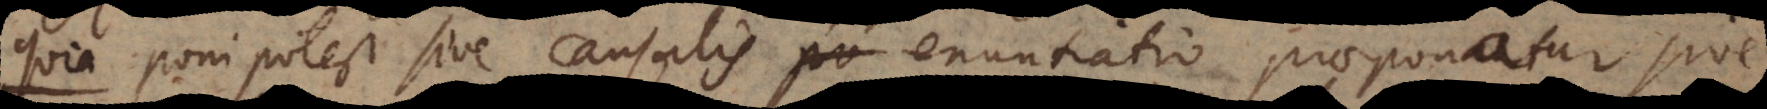
quia poni potest sive causalis enuntiatio praeponatur sive